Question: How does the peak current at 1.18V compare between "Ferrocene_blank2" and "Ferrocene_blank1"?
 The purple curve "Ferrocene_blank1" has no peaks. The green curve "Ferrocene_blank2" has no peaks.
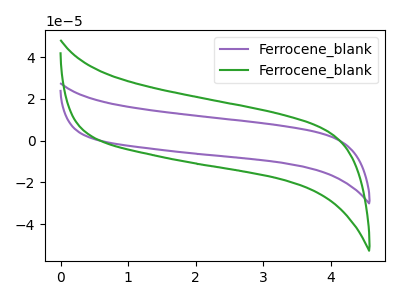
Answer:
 <answer>"Ferrocene_blank2" and "Ferrocene_blank1" dont share a peak at 1.18V.</answer>
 <eval>mismatch</eval>